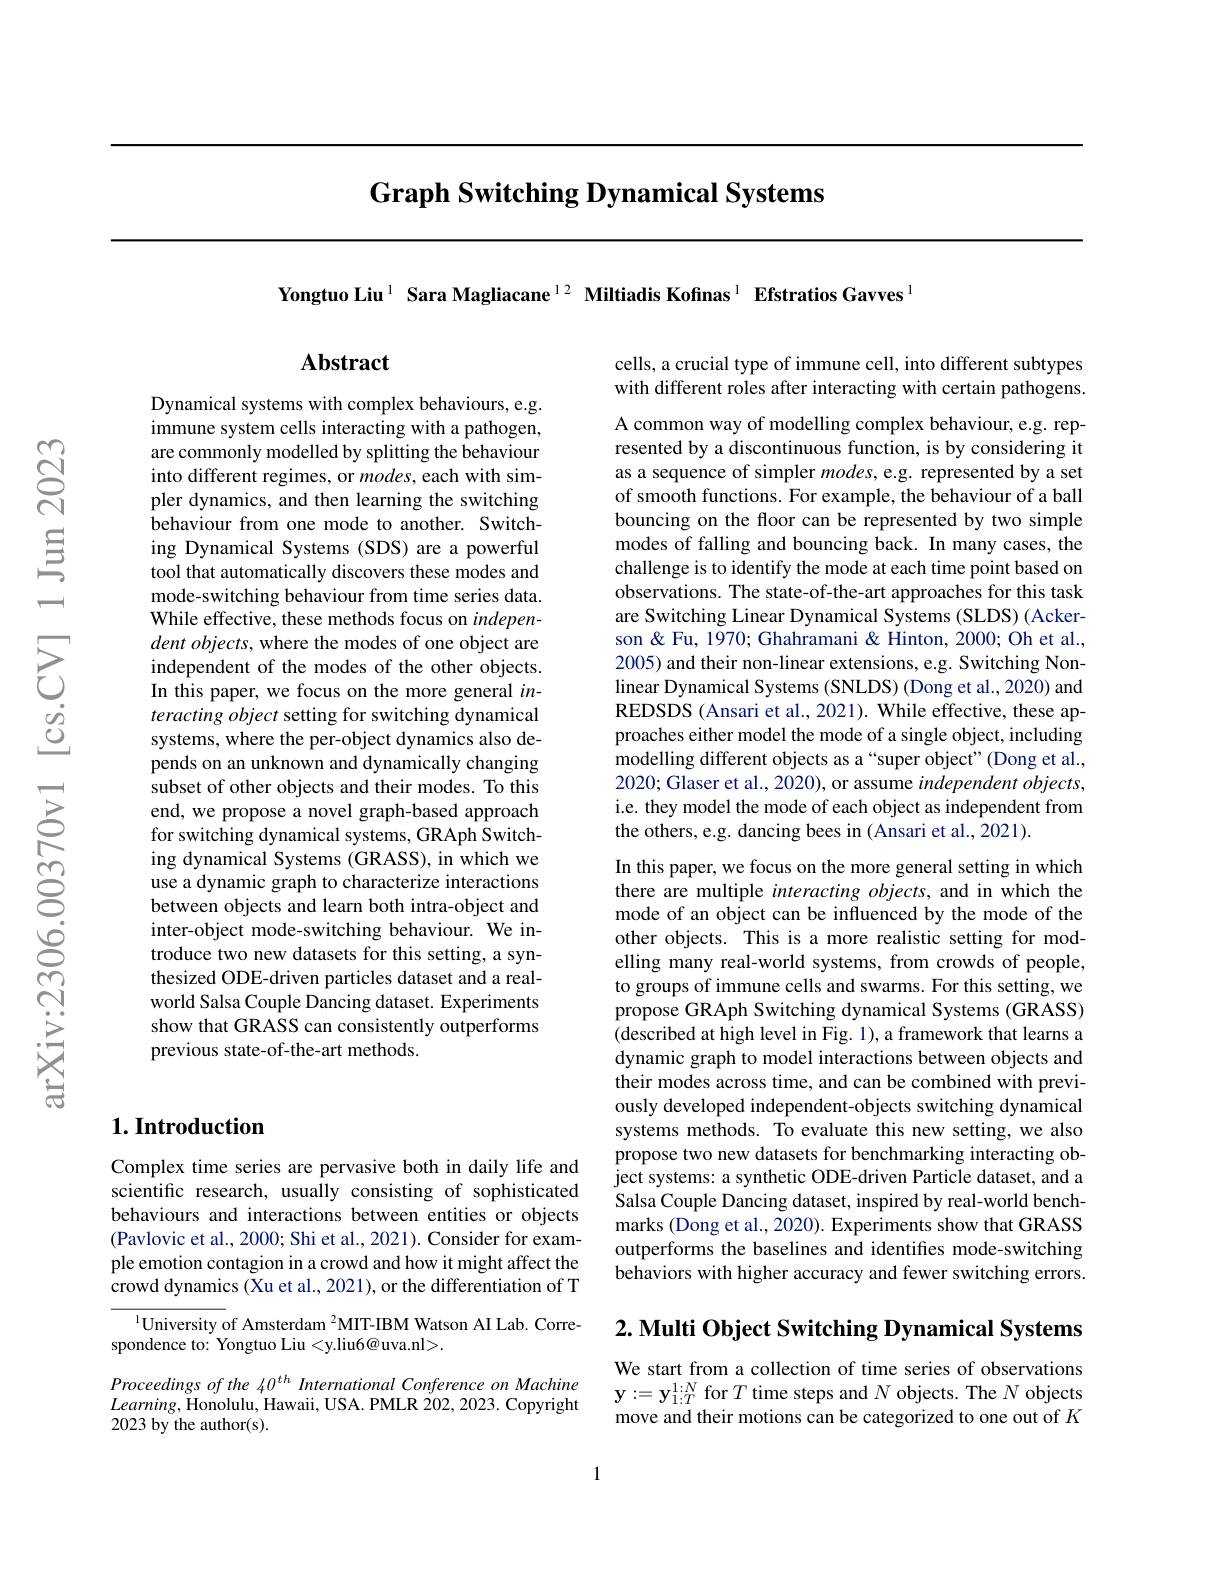
# Graph Switching Dynamical Systems

Yongtuo Liu$^{1}$ Sara Magliacane$^{12}$ Miltiadis Kofinas$^{1}$ Efstratios Gavves$^{1}$

## Abstract

cells, a crucial type of immune cell, into different subtypes with different roles after interacting with certain pathogens.

Dynamical systems with complex behaviours, e.g. immune system cells interacting with a pathogen, are commonly modelled by splitting the behaviour into different regimes, or $modes$, each with simpler dynamics, and then learning the switching behaviour from one mode to another. Switching Dynamical Systems (SDS) are a powerful tool that automatically discovers these modes and mode-switching behaviour from time series data. While effective, these methods focus on indepen- $dent\textit{objects, where the modes of one object are}$ independent of the modes of the other objects. In this paper, we focus on the more general $in-$ $teracting\textit{object setting for switching dynamical}$ systems, where the per-object dynamics also depends on an unknown and dynamically changing subset of other objects and their modes. To this end, we propose a novel graph-based approach for switching dynamical systems, GRAph Switching dynamical Systems (GRASS), in which we use a dynamic graph to characterize interactions between objects and learn both intra-object and inter-object mode-switching behaviour. We introduce two new datasets for this setting, a synthesized ODE-driven particles dataset and a realworld Salsa Couple Dancing dataset. Experiments show that GRASS can consistently outperforms previous state-of-the-art methods.

## $1. \textbf{Introduction}$

Complex time series are pervasive both in daily life and scientific research, usually consisting of sophisticated behaviours and interactions between entities or objects (Pavlovic et al., 2000; Shi et al., 2021). Consider for example emotion contagion in a crowd and how it might affect the crowd dynamics (Xu et al., 2021), or the differentiation of T

$^{1}$University of Amsterdam $^2$MIT-IBM Watson AI Lab. Corre-
spondence to: Yongtuo Liu <y.liu6@uva.nl>.

Proceedings of the 40$^{th}$ International Conference on Machine $Learning$,Honolulu, Hawaii, USA. PMLR 202,2023. Copyright 2023 by the author(s).

A common way of modelling complex behaviour, e.g. represented by a discontinuous function, is by considering it as a sequence of simpler $modes$, e.g. represented by a set of smooth functions. For example, the behaviour of a ball bouncing on the floor can be represented by two simple modes of falling and bouncing back. In many cases, the challenge is to identify the mode at each time point based on observations. The state-of-the-art approaches for this task are Switching Linear Dynamical Systems (SLDS) (Ackerson & Fu, 1970; Ghahramani & Hinton, 2000; Oh et al., 2005) and their non-linear extensions, e.g. Switching Nonlinear Dynamical Systems (SNLDS) (Dong et al., 2020) and REDSDS (Ansari et al., 2021). While effective, these approaches either model the mode of a single object, including modelling different objects as a“super object”(Dong et al., 2020; Glaser et al., 2020), or assume independent objects, i.e. they model the mode of each object as independent from the others, e.g. dancing bees in (Ansari et al., 2021).

In this paper, we focus on the more general setting in which there are multiple interacting objects, and in which the mode of an object can be influenced by the mode of the other objects. This is a more realistic setting for modelling many real-world systems, from crowds of people, to groups of immune cells and swarms. For this setting, we propose GRAph Switching dynamical Systems (GRASS) (described at high level in Fig. 1), a framework that learns a dynamic graph to model interactions between objects and their modes across time, and can be combined with previously developed independent-objects switching dynamical systems methods. To evaluate this new setting, we also propose two new datasets for benchmarking interacting object systems: a synthetic ODE-driven Particle dataset, and a Salsa Couple Dancing dataset, inspired by real-world benchmarks (Dong et al., 2020). Experiments show that GRASS outperforms the baselines and identifies mode-switching behaviors with higher accuracy and fewer switching errors.

$2. \textbf{ Multi Object Switching Dynamical Systems}$

We start from a collection of time series of observations $\mathbf{y}:=\mathbf{y}_{1:T}^{1:N}$ for$T$ time steps and $N$ objects. The $N$ objects move and their motions can be categorized to one out of $K$

1